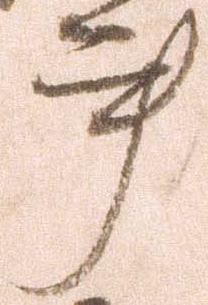
事